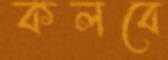
কলবে